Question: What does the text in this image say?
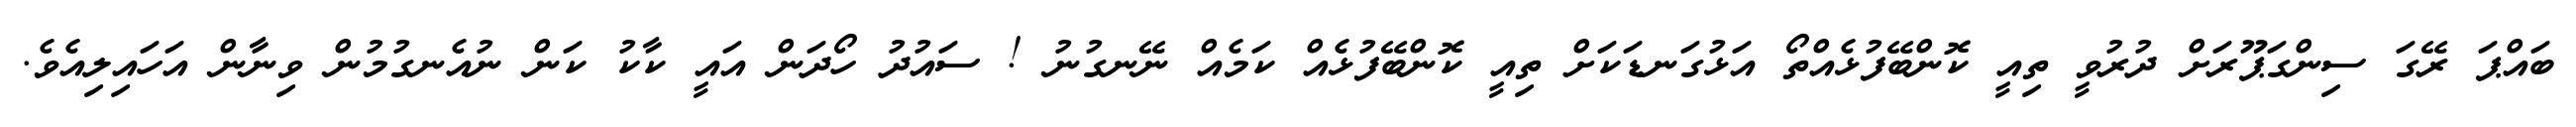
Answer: ބައްޕަ ރޭގަ ސިންގަޕޫރަށް ދުރުވީ ތިއީ ކޮންބޭފުޅެއްތޯ އަޅުގަނޑަކަށް ތިއީ ކޮންބޭފުޅެއް ކަމެއް ނޭނގުނު ! ސައުދު ހޯދަން އައީ ކާކު ކަން ނުއެނގުމުން ވިނާން އަހައިލިއެވެ.